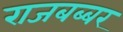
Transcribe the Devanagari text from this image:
राजबब्बर